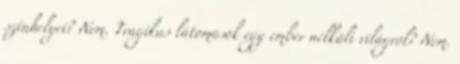
színhelyei? Nem. Tragikus látomások egy ember nélküli világról? Nem.